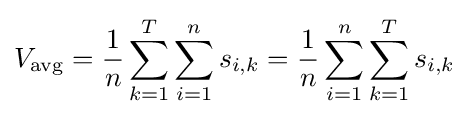
V_{\text{avg}}={\frac {1}{n}}\sum _{k=1}^{T}\sum _{i=1}^{n}s_{i,k}={\frac {1}{n}}\sum _{i=1}^{n}\sum _{k=1}^{T}s_{i,k}